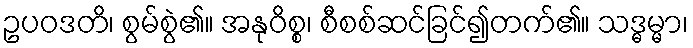
ဥပဝဒတိ၊ စွမ်စွဲ၏။ အနုဝိစ္စ၊ စီစစ်ဆင်ခြင်၍တက်၏။ သဒ္ဓမ္မာ၊